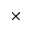
\times